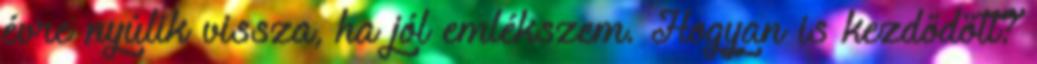
évre nyúlik vissza, ha jól emlékszem. Hogyan is kezdődött?